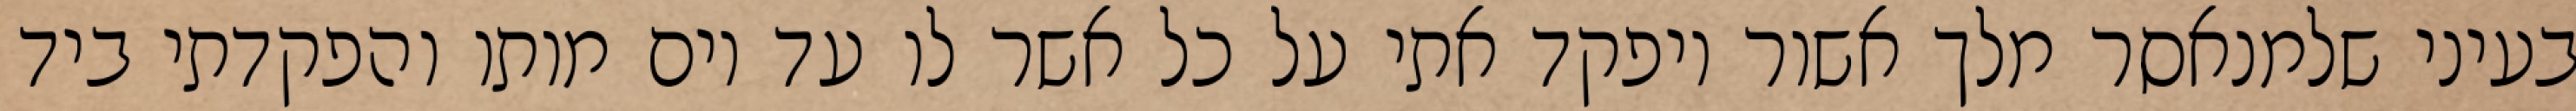
בעיני שלמנאסר מלך אשור ויפקד אתי על כל אשר לו עד יום מותו והפקדתי ביד